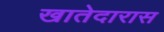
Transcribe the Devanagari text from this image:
खातेदारास